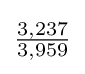
{\tfrac {3,237}{3,959}}